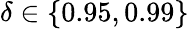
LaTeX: \delta\in\{ 0.95,0.99\}